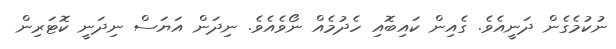
ނުކުމެގެން ދަނީއެވެ. ގެއިން ކައިބޮއި ހެދުމެއް ނޯވެއެވެ. ނިދަން އަޔަސް ނިދަނީ ކޮޓަރިން